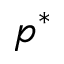
p ^ { * }